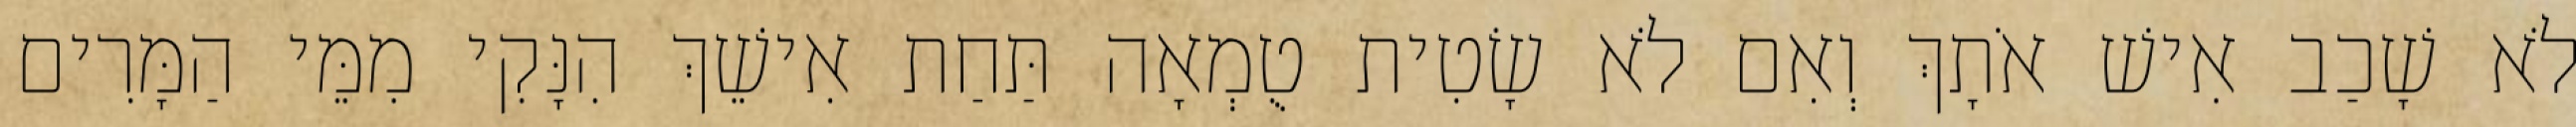
לֹא שָׁכַב אִישׁ אֹתָךְ וְאִם לֹא שָׂטִית טֻמְאָה תַּחַת אִישֵׁךְ הִנָּקִי מִמֵּי הַמָּרִים